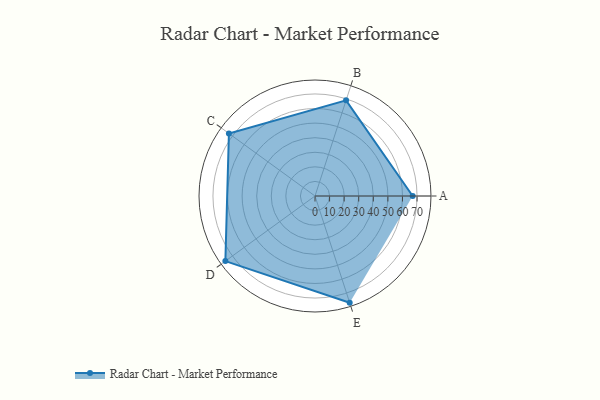
{"axis": {"x": "Skill", "y": "Score"}, "legend": ["Profile"], "data": [{"x": "A", "y": 67.0, "type": "Profile"}, {"x": "B", "y": 69.0, "type": "Profile"}, {"x": "C", "y": 73.0, "type": "Profile"}, {"x": "D", "y": 76.0, "type": "Profile"}, {"x": "E", "y": 77.0, "type": "Profile"}]}